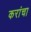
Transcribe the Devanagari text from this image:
करांचा